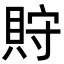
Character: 𧵤